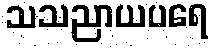
သသညာယပရေ